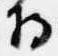
将